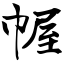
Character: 幄